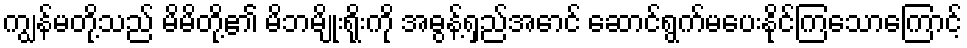
ကျွန်မတို့သည် မိမိတို့၏ မိဘမျိုးရိုးကို အဓွန့်ရှည်အောင် ဆောင်ရွက်မပေးနိုင်ကြသောကြောင့်